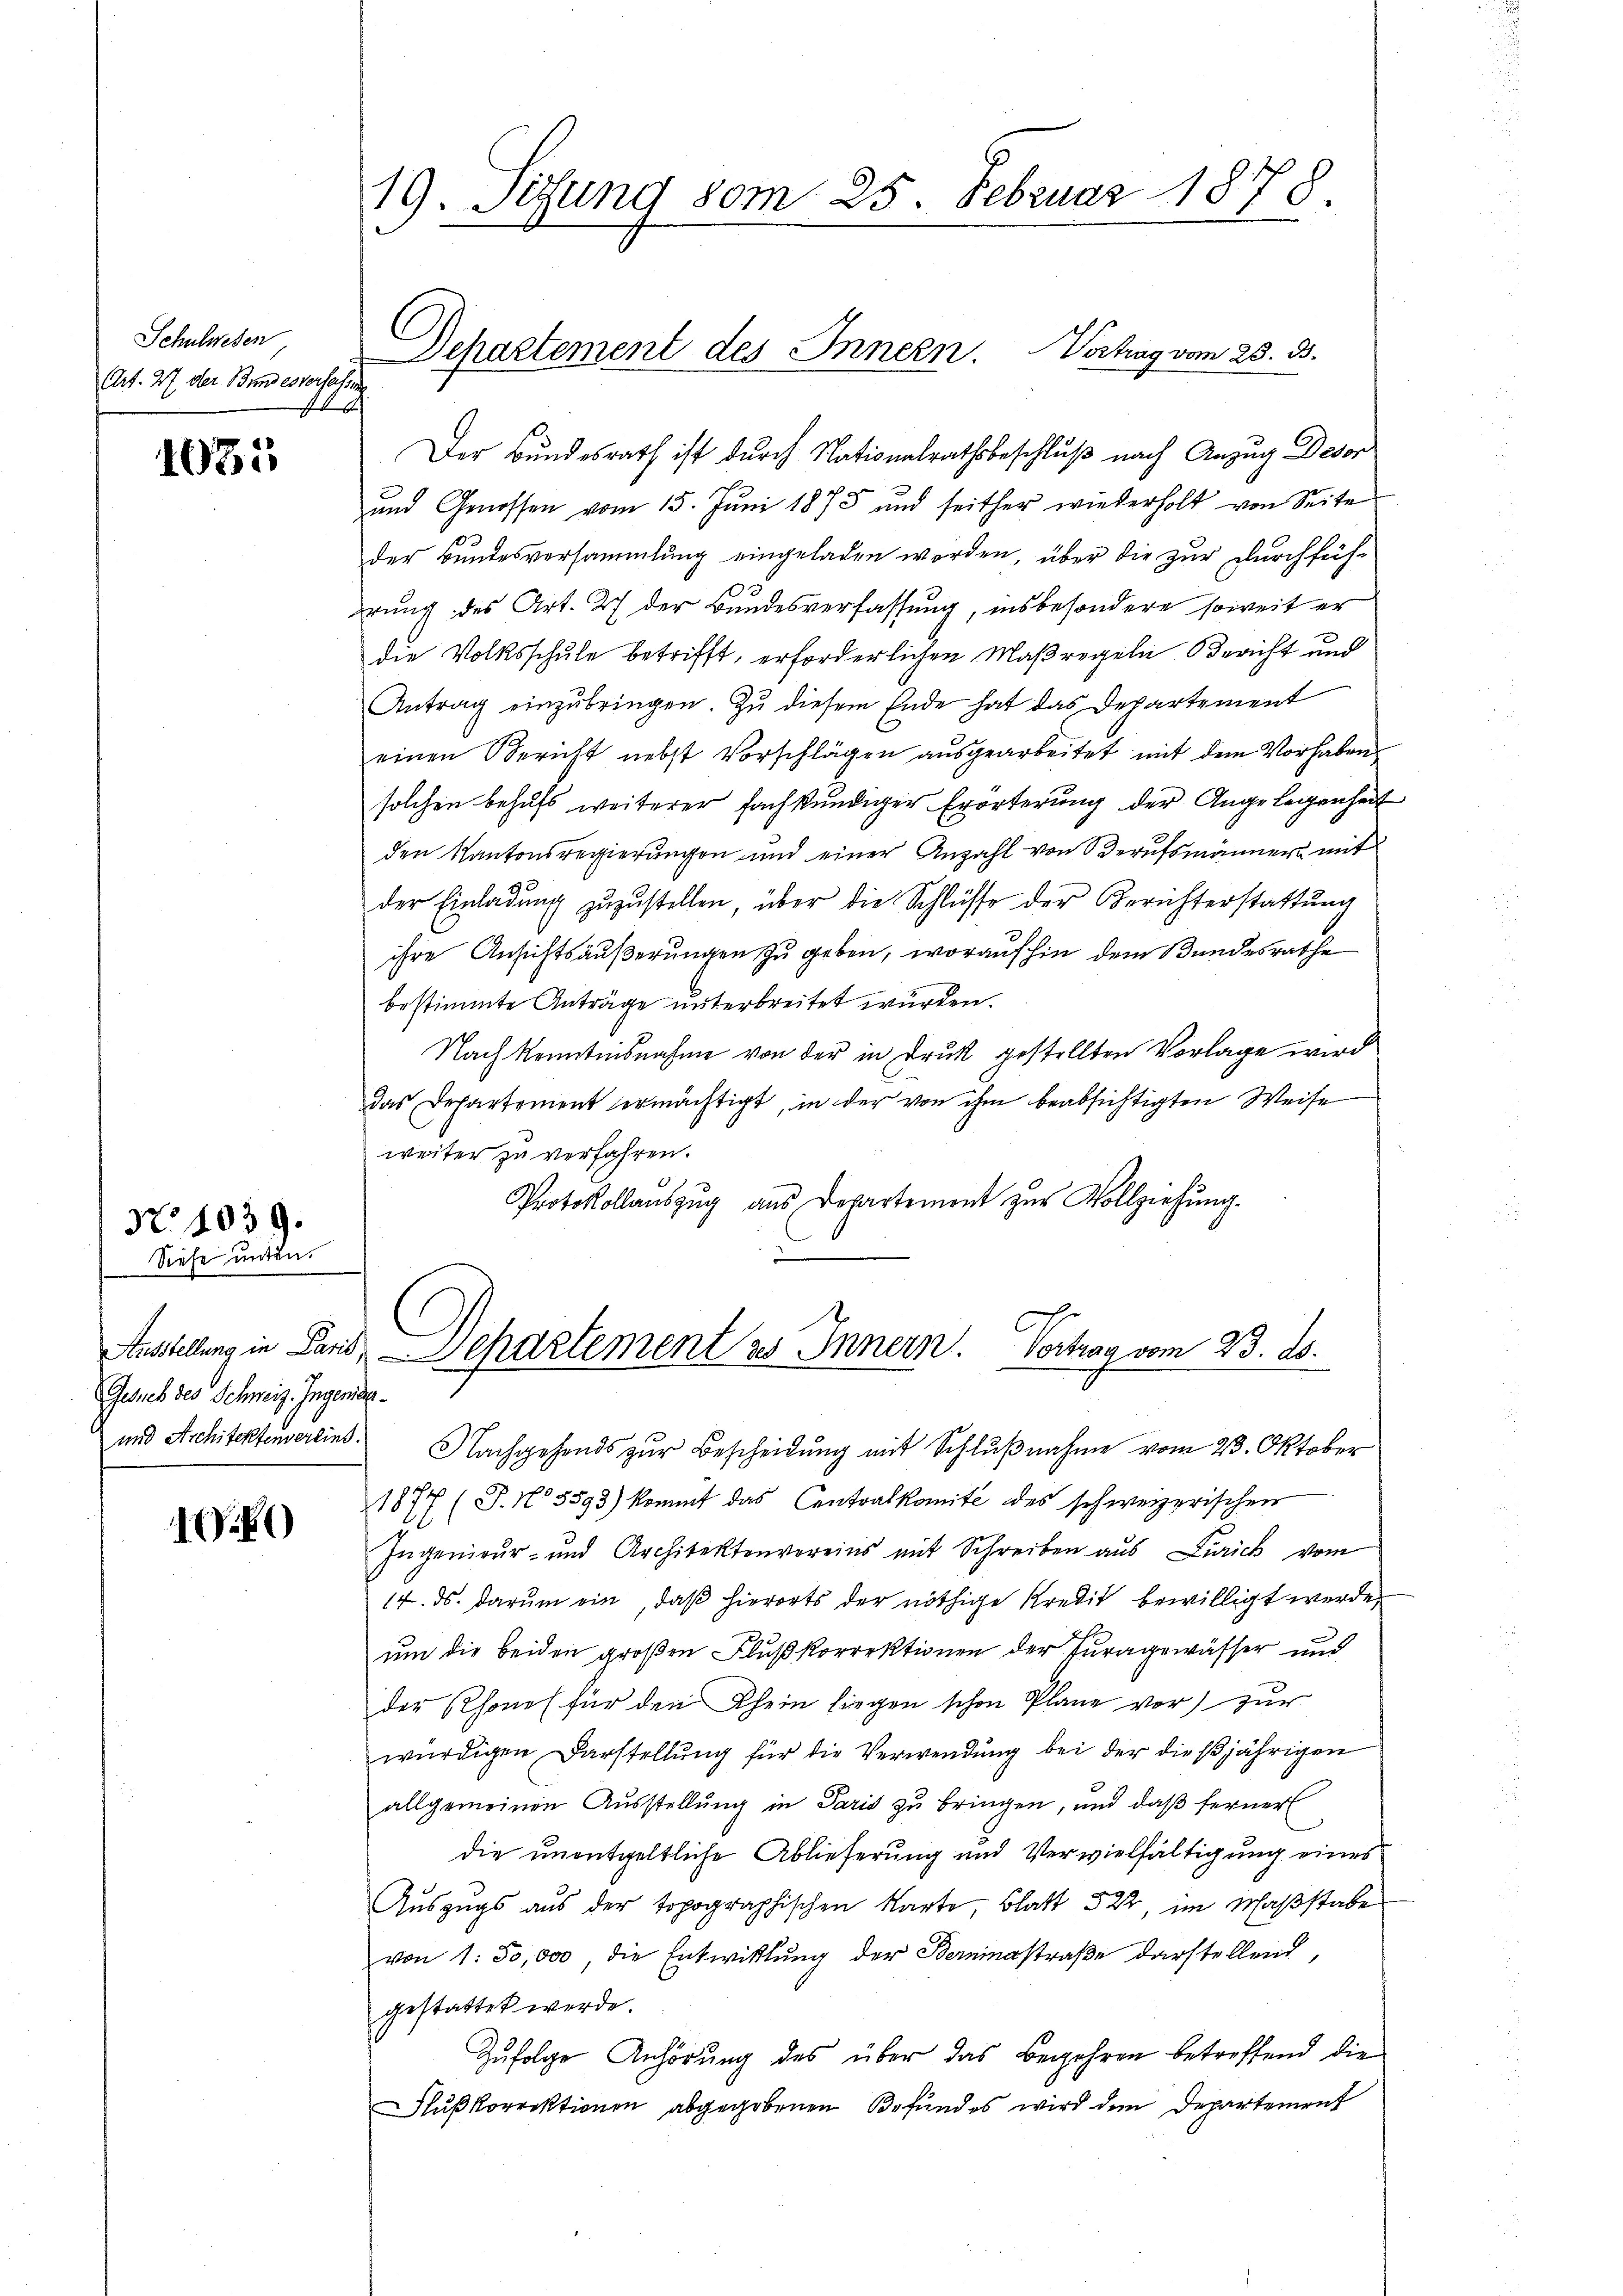
Schulwesen
Art. 27. der Bundesverfasse de
14

1035

No 1039.

1)

Siehe unten.
Gesuch des Schweiz. Ingende

Der Bundesrath ist durch Nationalrathsbeschluß nach Anzug Desor
und Genossen vom 15. Jŭni 1873 und seither wiederholt von Seite
der Bundesversammlung eingeladen worden, über die zur Durchfühhrung des Art. 27 der Bundesverfassung, insbesondere soweit er
die Volksschule betrifft, erforderlichen Maßregeln Bericht und
Antrag einzŭbringen. Zu diesem Ende hat das Departement
einen Bericht nebst Vorschlägen aŭsgearbeitet mit dem Vorhaben-
solchen behufs weiterer fachkundiger Erörterung der Angelegenheit
den Kantonsregierungen und einer Anzahl von Berufsmänner mit
der Einladung zuzustellen, über die Schlüsse der Berichterstattung
ihre Ansichtsäußerungen zu geben, worauf hin dem Bundesrathe
bestimmte Anträge unterbreitet wurden.
Nach kenntnisnahme von der in Druk gestellten Vorlage wird
das Departement ermächtigt, in der von ihm beabsichtigten Weise
weiter zu verfahren.
Protokollaŭszŭg ans Departement zŭr Vollziehung.

19. Sedung 80m 25. Februar 1878.

Departement des Innern. Vortrag vom 28. 35.

Austellung in Paris, Separtement es Innern. Vortrag vom 23. ds.

und Architektenvereins. Nachgehends zŭr Bescheidung mit Schlŭβnahme vom 23. Oktober
1877 (T. No 5593) kommt das Centralkomité des schweizerischen
Ingenieur- und Architektenvereins mit Schreiben aus Zürich vom
14. ds. darum ein, daß hierorts der nöthige Kredit bewilligt werde,
um die beiden großen Flußkorrektionen der Turagewässer und
der Rhones für den Khein liegen schon Plane vor) zur
würdigen Darstellung für die Verwendung bei der dießjährigen
allgemeinen Ausstellung in Paris zu bringen, und daß ferner
die unentgeltliche Ablieferung und Vervielfältigung eines
Auszugs aus der topographischen Karte, Blatt 522, im Maβstabe
von 1. 50,000, die Entwißlung der Bereinstraße darstellend,
gestattet werde.
Zufolge Anhörung des über das Begehren betreffend die
Flŭβkorrektionen abgegebenen Befundes wird dem Departement